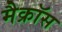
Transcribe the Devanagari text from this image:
मैक्रॉस